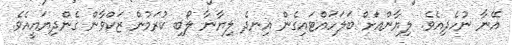
އޭނާ ނުހެދިއެވެ. ލިޔާންއަށް ބަލަހައްޓައިިގެން އިނދެ ލިޔާނާ ލޯބި ކުރަމުން ޒަކްވާން ގެންދިޔައީއެވެ.